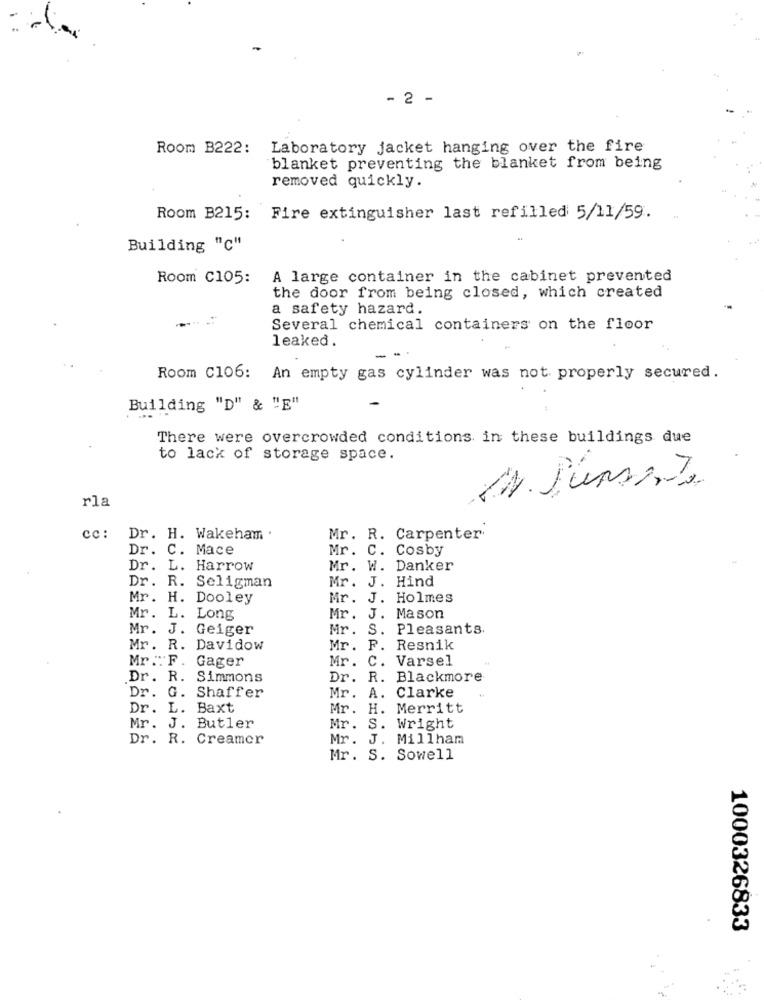
- 2 -
Room B222: Laboratory jacket hanging over the fire
blanket preventing the blanket from being
removed quickly.
Room B215: Fire extinguisher last refilled 5/11/59.
Building "c"
Room C105:
A large container in the cabinet prevented
the door from being closed, which created
a safety hazard.
Several chemical containers on the floor
leaked.
Room C106: An empty gas cylinder was not properly secured.
Building "D" & "E"
There were overcrowded conditions in these buildings due
to lack of storage space.
rla
cc :
Dr. H. Wakeham .
Mr. R. Carpenter
Dr. C. Mace
Mr. C. Cosby
Dr. L. Harrow
Mr. W. Danker
Mr. J. Hind
Dr. R. Seligman
Mr. H. Dooley
Mr. J. Holmes
Mr. L. Long
Mr. J. Mason
Mr. J. Geiger
Mr. S. Pleasants.
Mr. R. Davidow
Mr. F. Resnik
Mr . F . Gager
Mr. C. Varsel
Dr. R. Simmons
Dr. R. Blackmore
Dr. G. Shaffer
Mr. A. Clarke
Dr. L. Baxt
Mr. H. Merritt
Mr. J. Butler
. S. Wright
Dr. R. Creamer
Mr. J. Millham
Mr. S. Sowell
1000326833